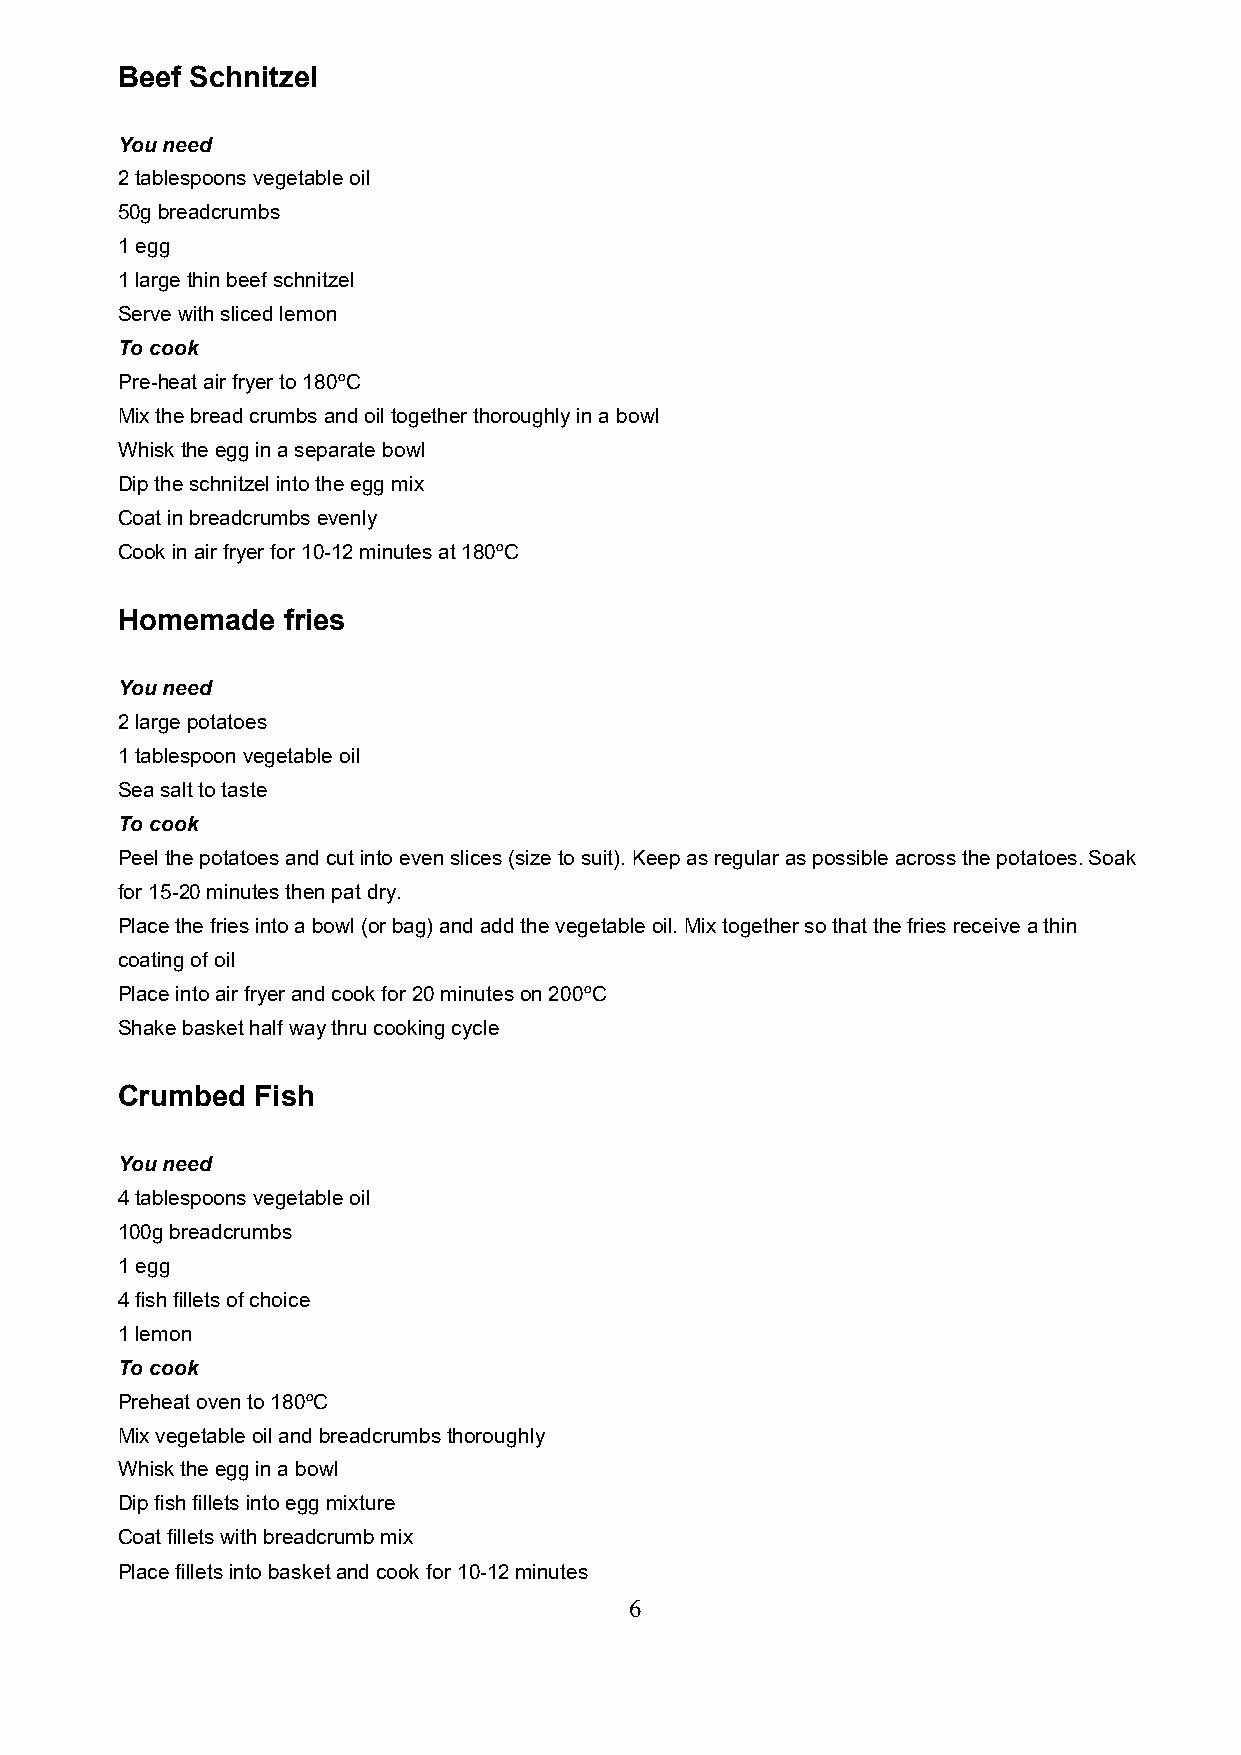
Beef Schnitzel
 You need
 2 tablespoons vegetable oil
 50g breadcrumbs
 1 egg
 1 large thin beef schnitzel
 Serve with sliced lemon
 To cook
 Pre-heat air fryer to 180ºC
 Mix the bread crumbs and oil together thoroughly in a bowl
 Whisk the egg in a separate bowl
 Dip the schnitzel into the egg mix
 Coat in breadcrumbs evenly
 Cook in air fryer for 10-12 minutes at 180ºC
 Homemade   fries
 You need
 2 large potatoes
 1 tablespoon vegetable oil
 Sea salt to taste
 To cook
 Peel the potatoes and cut into even slices (size to suit). Keep as regular as possible across the potatoes. Soak
 for 15-20 minutes then pat dry.
 Place the fries into a bowl (or bag) and add the vegetable oil. Mix together so that the fries receive a thin
 coating of oil
 Place into air fryer and cook for 20 minutes on 200ºC
 Shake basket half way thru cooking cycle
 Crumbed  Fish
 You need
 4 tablespoons vegetable oil
 100g breadcrumbs
 1 egg
 4 fish fillets of choice
 1 lemon
 To cook
 Preheat oven to 180ºC
 Mix vegetable oil and breadcrumbs thoroughly
 Whisk the egg in a bowl
 Dip fish fillets into egg mixture
 Coat fillets with breadcrumb mix
 Place fillets into basket and cook for 10-12 minutes
 6